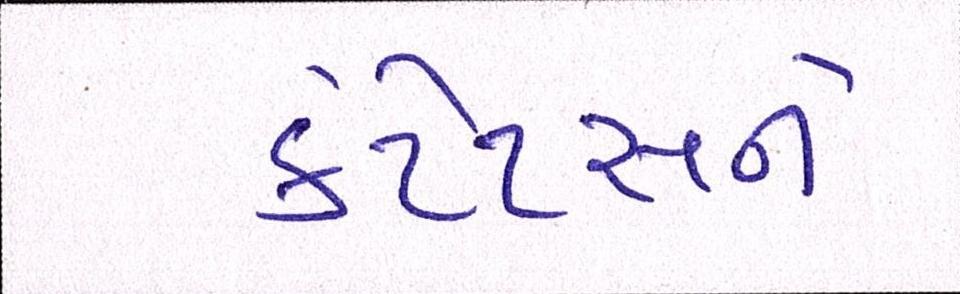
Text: કેટેટસને